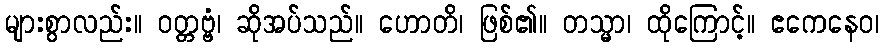
များစွာလည်း။ ဝတ္တဗ္ဗံ၊ ဆိုအပ်သည်။ ဟောတိ၊ ဖြစ်၏။ တသ္မာ၊ ထိုကြောင့်။ ဧကေနေဝ၊